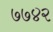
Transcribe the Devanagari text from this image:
७७४२